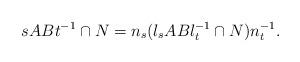
LaTeX: \begin{align*}sABt^{-1} \cap N= n_s(l_s AB l_t^{-1} \cap N)n_t^{-1}.\end{align*}